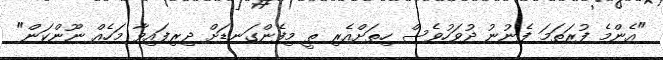
"އެންމެ ފުރަތަމަ ފެނުނު ދުވަހުވެސް ހިތަށްއެރި ތީ މިފެންގަނޑަށް ދިރިފައިވާ މަހެއް ނޫންކަން"